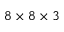
8 \times 8 \times 3